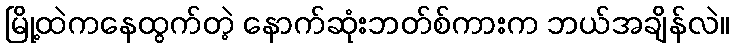
မြို့ထဲကနေထွက်တဲ့ နောက်ဆုံးဘတ်စ်ကားက ဘယ်အချိန်လဲ။